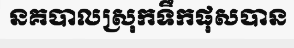
នគបាលស្រុកទឹកផុសបាន